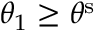
{ \theta } _ { 1 } \geq \theta ^ { \mathrm { s } }